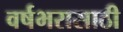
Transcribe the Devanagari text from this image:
वर्षभरासाठी